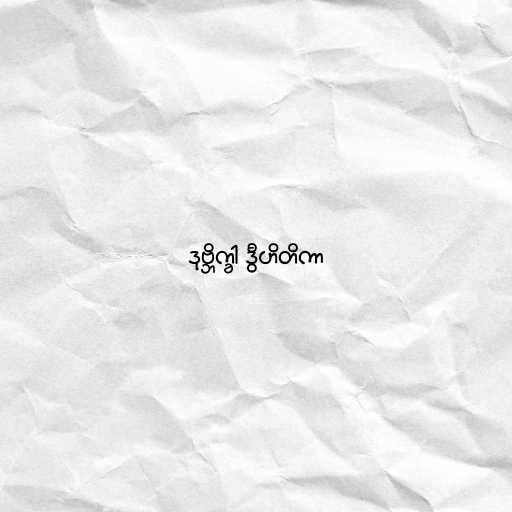
ဒုဗ္ဘိက္ခါ ဒွီဟိတိကာ